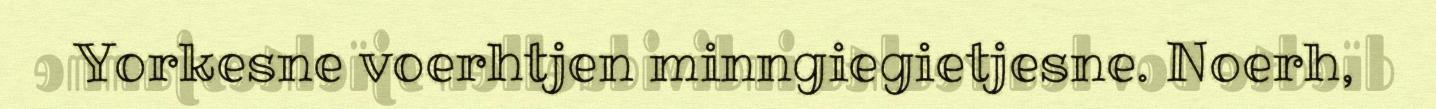
Yorkesne voerhtjen minngiegietjesne. Noerh,